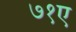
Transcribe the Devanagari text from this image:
७१ए